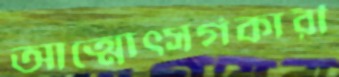
আত্মোত্সর্গকারী